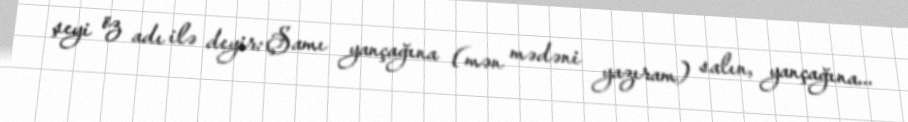
şeyi öz adı ilə deyir: Şamı yançağına (mən mədəni yazıram) salın, yançağına...